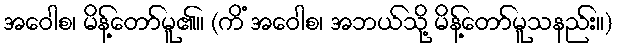
အဝေါစ၊ မိန့်တော်မူ၏။ (ကိံ အဝေါစ၊ အဘယ်သို့ မိန့်တော်မူသနည်း။)